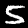
Label: 5